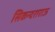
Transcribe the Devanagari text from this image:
सिकन्दराराऊ